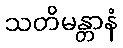
သတိမန္တာနံ